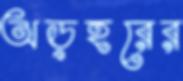
অড়হরের